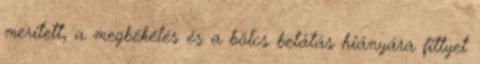
merített, a megbékélés és a bölcs belátás hiányára fittyet